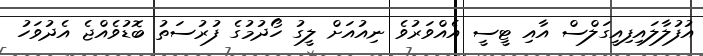
އުފުލާލައިފިއީގަލްސް އާއި ޓީސީ އެއްވަރުވެ ނިއުއަށް ލީގު ހޯދުމުގެ ފުރުސަތު ބޮޑުވެއްޖެ އެދުވަހު